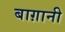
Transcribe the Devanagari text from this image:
बाग़ानी